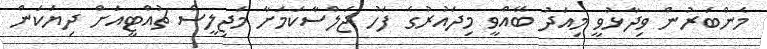
މެންބަރުން ވިދާޅުވީ މިއަދު ބޭއްވީ މިދައުރުގެ ފަހު ޖަލްސާކަމަށާ މަޖިލީސް ޗުއްޓީއަށް ދިޔަކަން